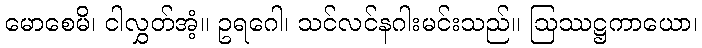
မောစေမိ၊ ငါလွှတ်အံ့။ ဥရဂေါ၊ သင်လင်နဂါးမင်းသည်။ ဩဿဋ္ဌကာယော၊